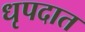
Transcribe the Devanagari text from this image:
धृपदात